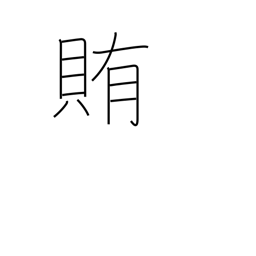
Meaning: supply